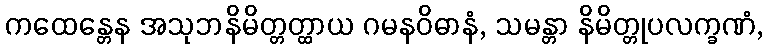
ကထေန္တေန အသုဘနိမိတ္တတ္ထာယ ဂမနဝိဓာနံ, သမန္တာ နိမိတ္တုပလက္ခဏံ,